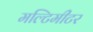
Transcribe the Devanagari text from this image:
मल्टिमीटर